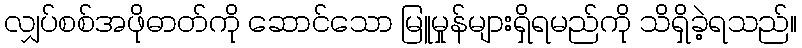
လျှပ်စစ်အဖိုဓာတ်ကို ဆောင်သော မြူမှုန်များရှိရမည်ကို သိရှိခဲ့ရသည်။